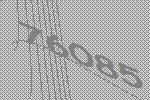
76085